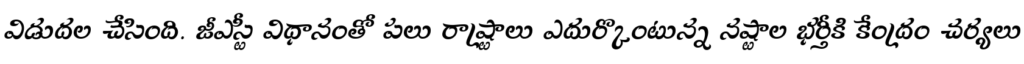
విడుదల చేసింది. జీఎస్టీ విధానంతో పలు రాష్ర్టాలు ఎదుర్కొంటున్న నష్టాల భర్తీకి కేంద్రం చర్యలు